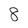
Character: 8